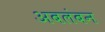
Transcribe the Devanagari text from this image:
अबलंबन